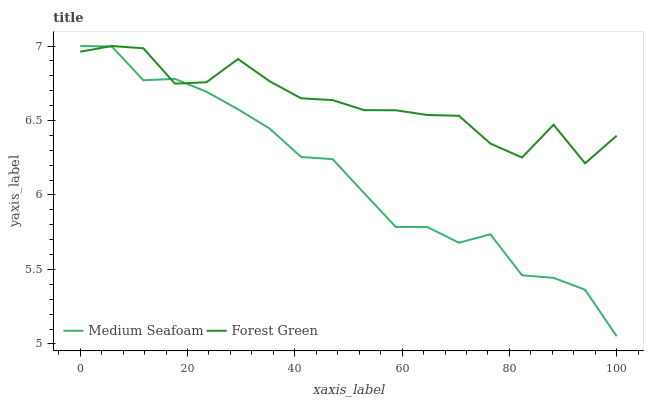
| xaxis_label | Medium Seafoam | Forest Green |
 | --- | --- | --- |
 | 0 | 7 | 6.96 |
 | 5.88 | 7 | 7 |
 | 11.8 | 6.77 | 6.98 |
 | 17.6 | 6.78 | 6.75 |
 | 23.5 | 6.69 | 6.76 |
 | 29.4 | 6.58 | 6.91 |
 | 35.3 | 6.45 | 6.76 |
 | 41.2 | 6.26 | 6.65 |
 | 47.1 | 6.24 | 6.64 |
 | 52.9 | 6.01 | 6.57 |
 | 58.8 | 5.79 | 6.57 |
 | 64.7 | 5.79 | 6.54 |
 | 70.6 | 5.68 | 6.53 |
 | 76.5 | 5.74 | 6.34 |
 | 82.4 | 5.46 | 6.25 |
 | 88.2 | 5.44 | 6.47 |
 | 94.1 | 5.36 | 6.21 |
 | 100 | 5.05 | 6.4 |